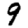
Digit: 9